Tartu_Kolgata_baptistikogudus, lk 8
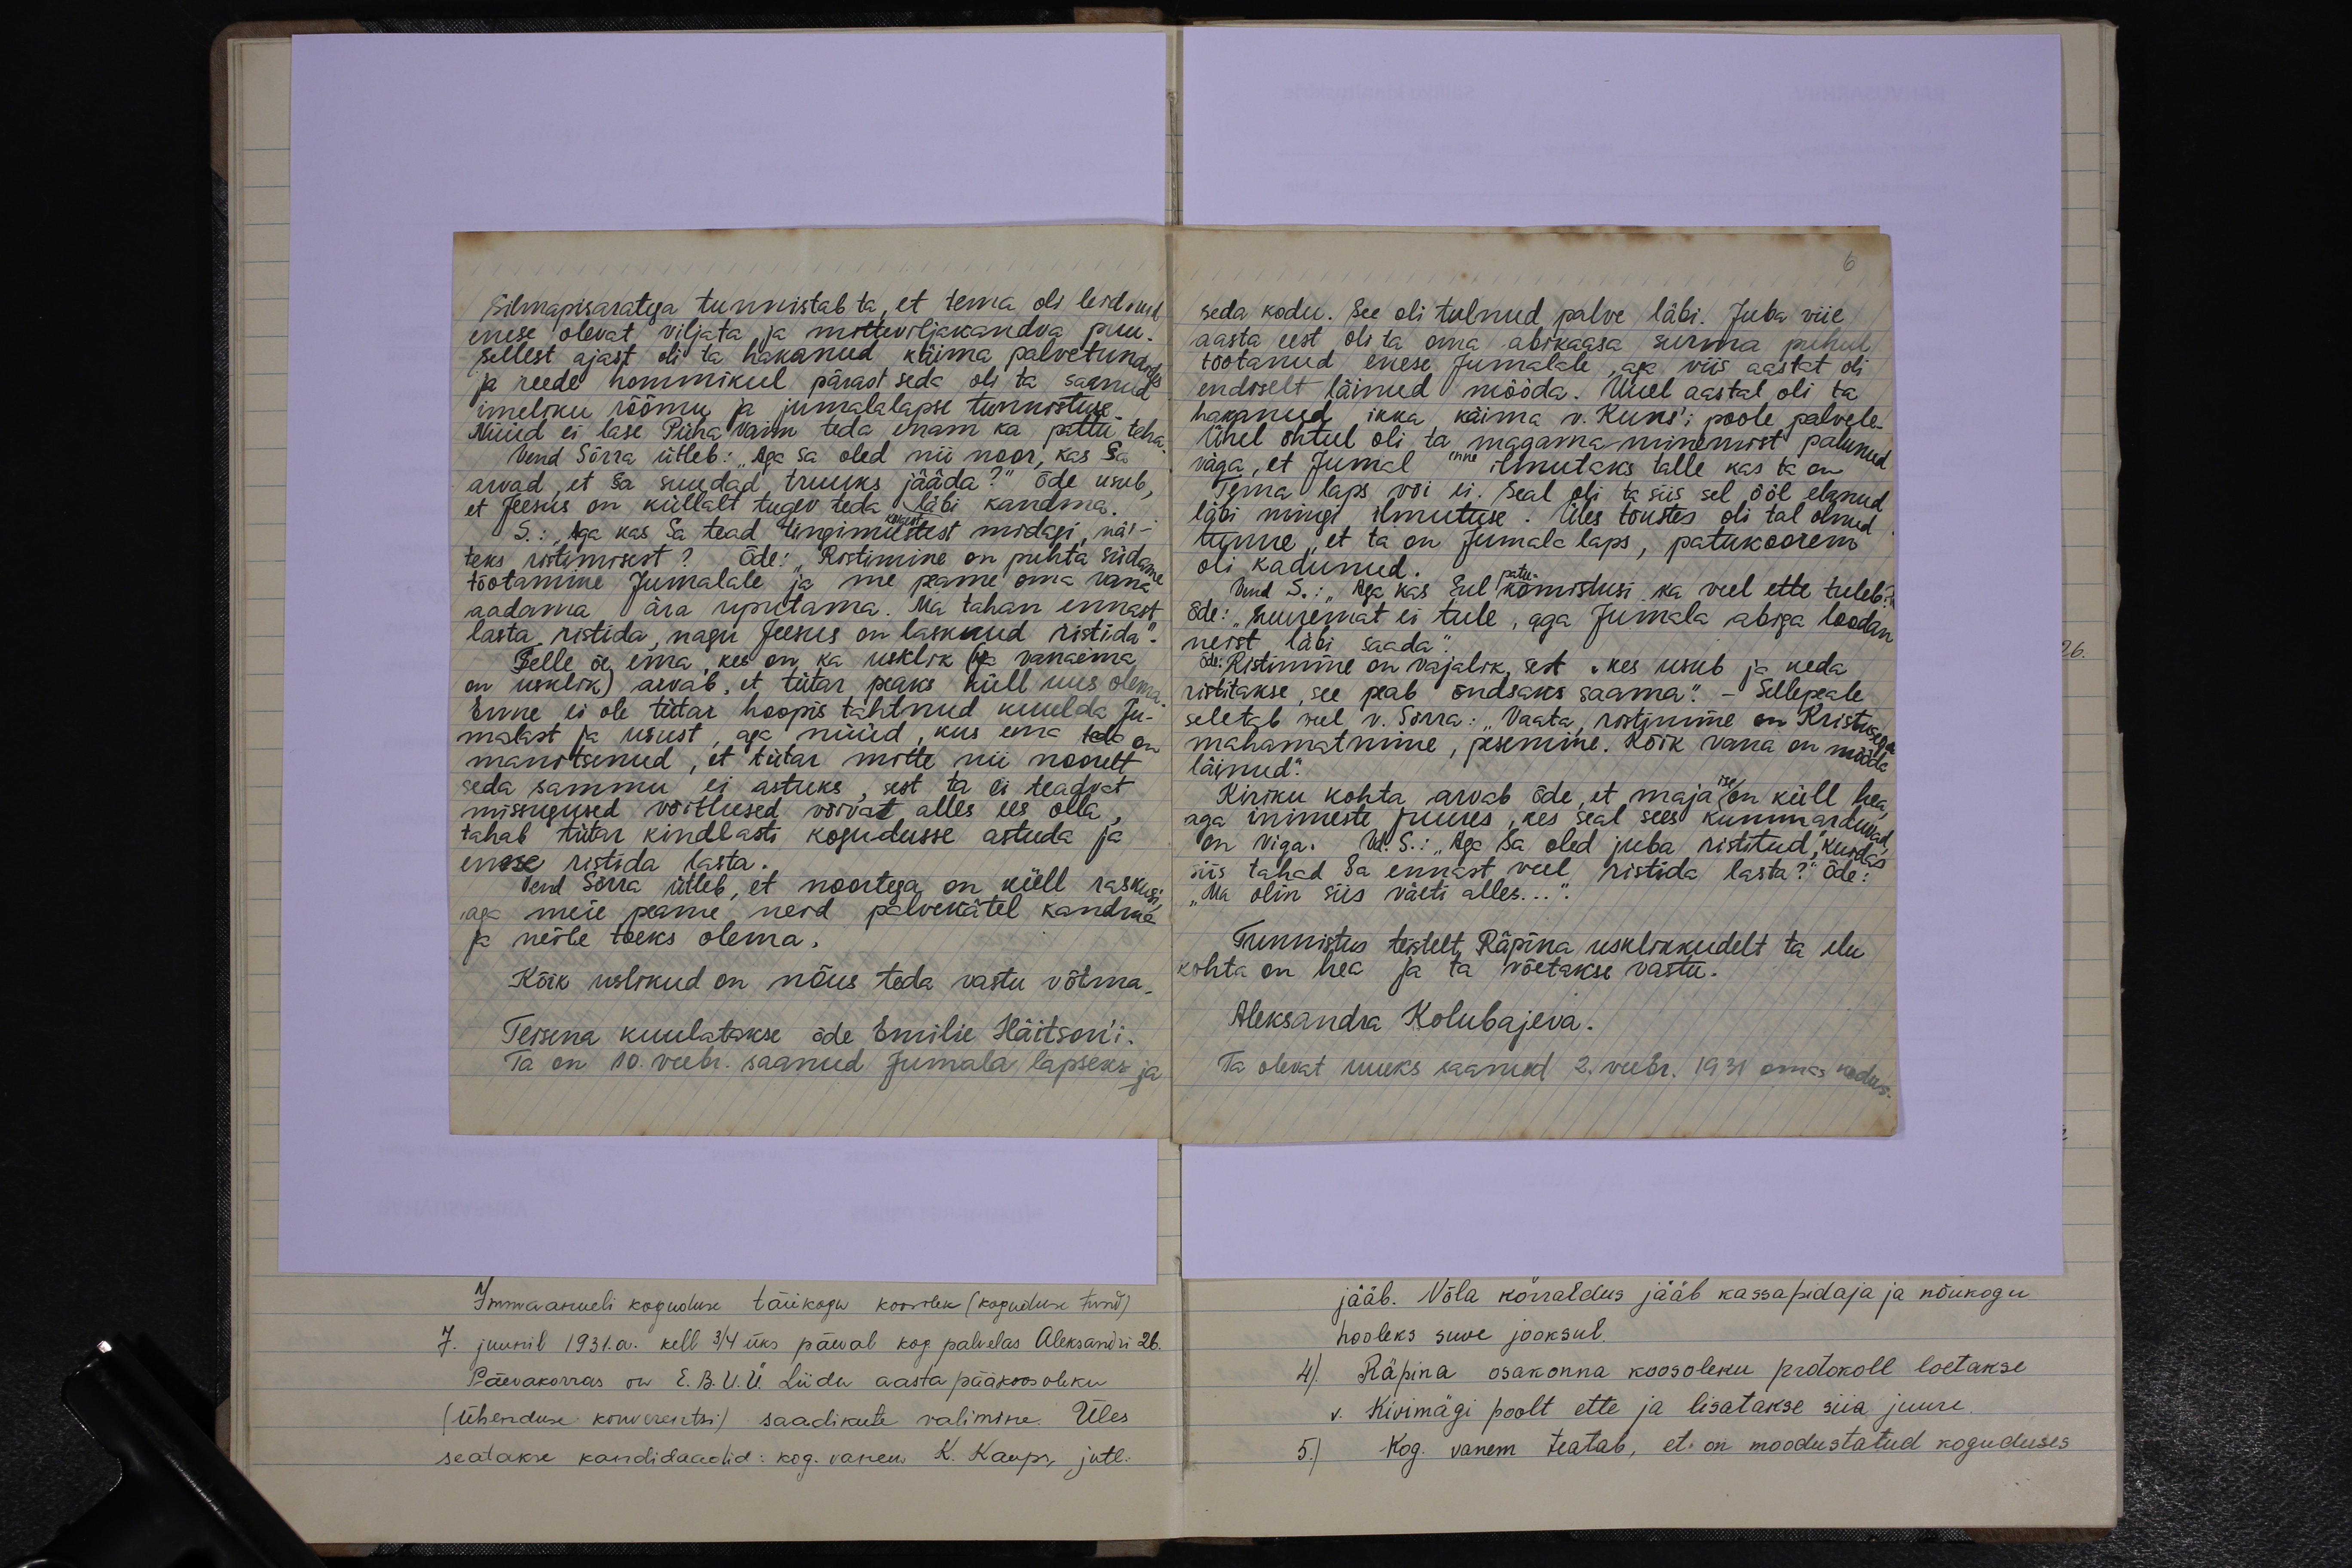
Silmapisaratega tunnistab ta, et tema oli leidnud
enese olevat viljata ja mitteviljakandva puu.
Sellest ajast oli ta hakanud käima palvetundides
ja reede hommikul pärast seda oli ta saanud
imeliku rõõmu ja jumalalapse tunnistuse
Nüüd ei lase Püha vaim teda enam ka pattu teha
Vend Sõrra ütleb: "Aga sa oled nii noor, kas Sa
arvad, et sa suudad truuks jääda?" õde usub
et Jeesus on küllalt tugev teda läbi kandma
S.: "Aga kas Sa tead tingimustest kõigist midagi näi-
teks ristimisest? Õde: "Ristimine on puhta südame
tõotamine Jumalale ja me peame oma vana
aadama ära uputama. Ma tahan ennast
lasta, ristida nagu Jeesus on lasknud ristida
Selle õe ema, kes on ka uskik (ka vanaema
on usklik) arvab, et tütar peaks küll uus olema
Enne ei ole tütar hoopis tahtnud kuulda Ju-
malast ja usust, aga nüüd, kus ema teda on
manitsenud, et tütar mitte nii noorelt
seda sammu ei astuks, sest ta ei teadvat
missugused võitlused võivat alles ees olla,
tahab tütar kindlasti kogudusse astuda ja
enese ristida lasta.
Vend Sõrra ütleb, et noortega on küll raskusi
aga meie peame neid palvekätel kandme
ja neile toeks olema.
Kõik uslikud on nõus teda vastu võtma.
Teisena kuulatakse õde Emilie Häitson'i.
Ta on 10. veebr. saanud Jumala lapseks ja

seda kodu. See oli tulnud palve läbi. Juba viie,
aasta eest oli ta oma abikaasa surma puhul
tõotanud enese Jumalale, aga viis aastat oli
endiselt läinud mööda. Uuel aastal oli ta
hakanud ikka käima v. Kuns'i poole palvele.
Ühel õhtul oli ta magama minemist palunud
väga, et Jumal enne ilmutaks talle kas ta on
Tema laps või ei. Seal oli ta siis sel ööl elanud
läbi mingi ilmutuse. Üles tõustes oli tal olnud
tunne, et ta on Jumala laps, patukoorem
oli kadunud.
Vend S.: "Aga kas Sul patu komistusi ka veel ette tuleb?
õde: "Suuremat ei tule, aga Jumala abiga loodan
neist läbi saada."
õde: "Ristimine on vajalik, sest "kes usub ja keda
ristitakse, see peab õndsaks saama." - Sellepeale
seletab veel v. Sõrra: "Vaata, ristimine on Kristusega
mahamatmime, pesemine. Kõik vana on mööda
läinud."
Kiriku kohta arvab õde, et maja ise on küll hea,
aga inimeste juures, kes seal sees kummarduvad,
on viga. Vd. S: "Aga sa oled juba ristitud, kuidas
siis tahad Sa ennast veel ristida lasta?“ Õde:
Ma olin siis väeti alles...
Tunnistus teistelt, Räpina usklikkudelt ta elu
kohta on hea ja ta võetakse vastu.
Aleksandra Kolubajeva.
Ta olevat uueks saanud 2 veebr. 1931 omas kodus.